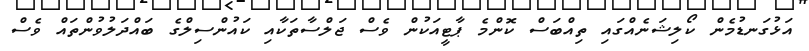
އަޅުގަނޑުމެން ކޯލިޝަނެއްގައި ތިއްބަސް ކޮންމެ ޕާޓީއަކުން ވެސް ޖަލްސާތަކާއި ކައުންސިލްގެ ބައްދަލުވުންތައް ވެސް